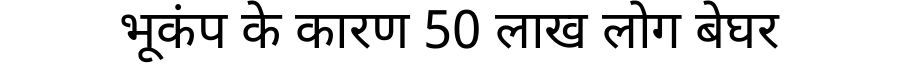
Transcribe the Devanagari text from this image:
भूकंप के कारण 50 लाख लोग बेघर